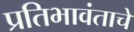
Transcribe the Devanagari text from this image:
प्रतिभावंताचे